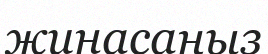
жинасаңыз